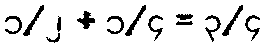
၁/၂ + ၁/၄ = ၃/၄